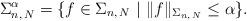
LaTeX: \begin{align*}\Sigma_{n, \, N}^\alpha &= \{f \in \Sigma_{n, \, N} \ | \ \|f\|_{\Sigma_{n, \, N}} \leq \alpha\}.\end{align*}